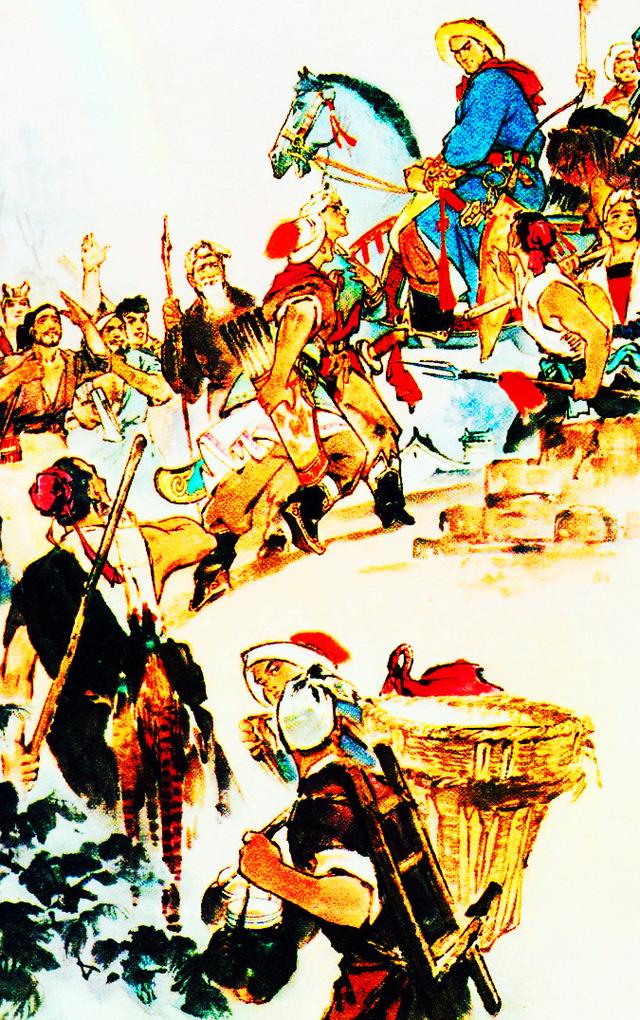
恸哭六军俱缟素，冲冠一怒为红颜。